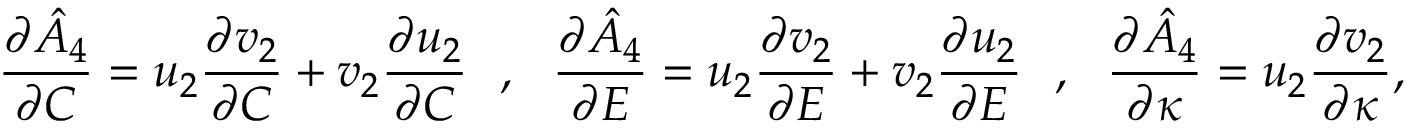
\frac { \partial \hat { A } _ { 4 } } { \partial C } = u _ { 2 } \frac { \partial v _ { 2 } } { \partial C } + v _ { 2 } \frac { \partial u _ { 2 } } { \partial C } ~ ~ , ~ ~ \frac { \partial \hat { A } _ { 4 } } { \partial E } = u _ { 2 } \frac { \partial v _ { 2 } } { \partial E } + v _ { 2 } \frac { \partial u _ { 2 } } { \partial E } ~ ~ , ~ ~ \frac { \partial \hat { A } _ { 4 } } { \partial \kappa } = u _ { 2 } \frac { \partial v _ { 2 } } { \partial \kappa } ,